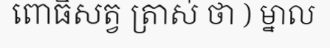
ពោធិសត្វ ត្រាស់ ថា ) ម្នាល